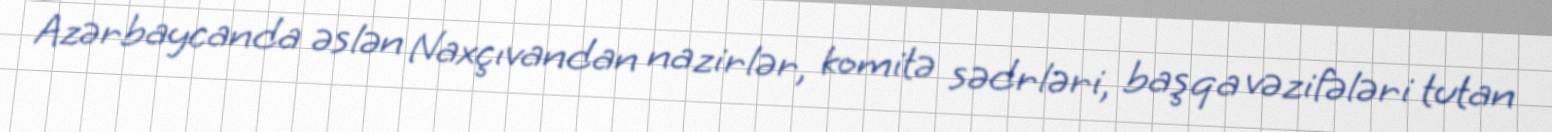
Azərbaycanda əslən Naxçıvandan nazirlər, komitə sədrləri, başqa vəzifələri tutan